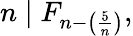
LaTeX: n\mid F_{n-\left({\frac{5}{n}}\right)},